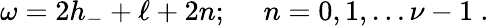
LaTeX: \omega=2h_{-}+\ell+2n;\ \ \ \ \ n=0,1,\ldots\nu-1\ .